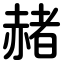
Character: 赭